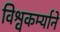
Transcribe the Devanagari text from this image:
विश्वकर्म्याने